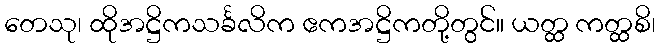
တေသု၊ ထိုအဋ္ဌိကသင်္ခလိက ဧကအဋ္ဌိကတို့တွင်။ ယတ္ထ ကတ္ထစိ၊